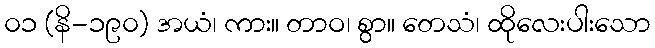
၀၁ (နိ-၁၉၀) အယံ၊ ကား။ တာဝ၊ စွာ။ တေသံ၊ ထိုလေးပါးသော